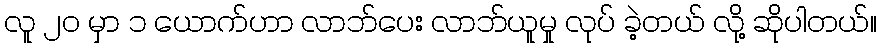
လူ ၂၀ မှာ ၁ ယောက်ဟာ လာဘ်ပေး လာဘ်ယူမှု လုပ် ခဲ့တယ် လို့ ဆိုပါတယ်။